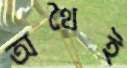
অথৈই